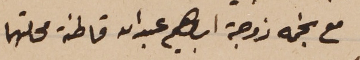
مع نجمه زوجة ابراهيم عبد الله قاطنة محلتهما